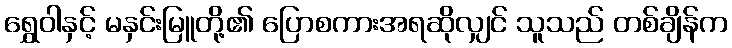
ရွှေဝါနှင့် မနှင်းမြူတို့၏ ပြောစကားအရဆိုလျှင် သူသည် တစ်ချိန်က